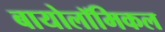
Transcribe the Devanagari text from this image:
बायोलॉमिकल